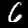
Label: 6